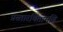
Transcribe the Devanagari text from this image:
प्रस्तारचिंतामणि